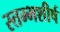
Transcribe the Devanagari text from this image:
स्तम्भशीर्ष